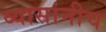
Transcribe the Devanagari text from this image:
व्यासांनीच